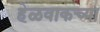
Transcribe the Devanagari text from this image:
हेळवाकच्या